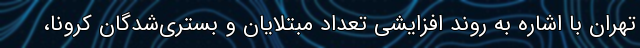
تهران با اشاره به روند افزایشی تعداد مبتلایان و بستری‌شدگان کرونا،